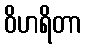
ဝိဟရိတာ